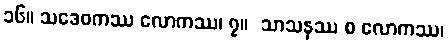
၁၆။ သဒေဝကဿ လောကဿ၊ ၇။  သာသနဿ စ လောကဿ၊